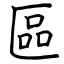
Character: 區